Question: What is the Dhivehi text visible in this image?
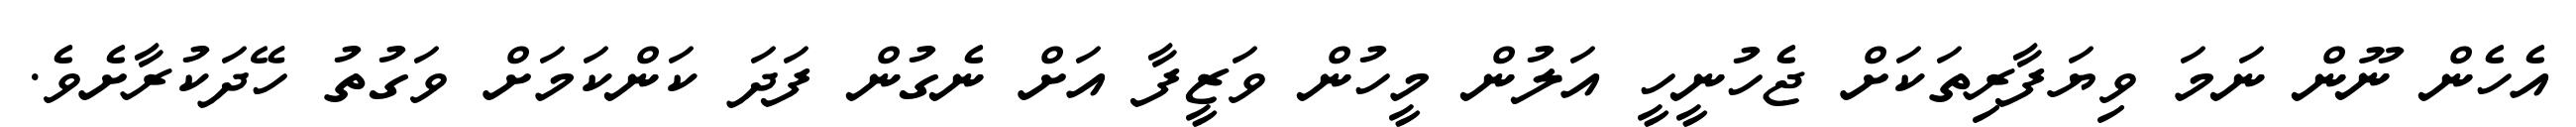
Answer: އެހެން ނޫން ނަމަ ވިޔަފާރިތަކަށް ޖެހުނީހީ އަލުން މީހުން ވަޒީފާ އަށް ނެގުން ފަދަ ކަންކަމަށް ވަގުތު ހޭދަކުރާށެވެ.